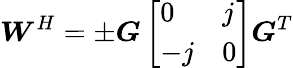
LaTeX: \boldsymbol{W}^{H}=\pm\boldsymbol{G}\left[\begin{array}{ll}{0}&{j}\\ {-j}&{0}\end{array}\right]\boldsymbol{G}^{T}